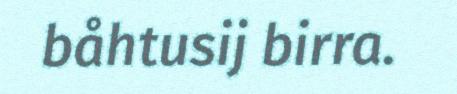
båhtusij birra.